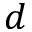
d